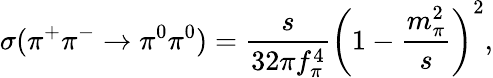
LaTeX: \sigma(\pi^{+}\pi^{-}\rightarrow\pi^{0}\pi^{0})=\frac{s}{32\pi f_{\pi}^{4}}\left(1-\frac{m_{\pi}^{2}}{s}\right)^{2},